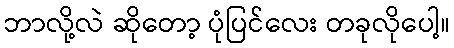
ဘာလို့လဲ ဆိုတော့ ပုံပြင်လေး တခုလိုပေါ့။